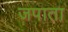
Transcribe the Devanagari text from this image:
जपाता